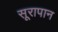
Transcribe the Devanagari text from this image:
सूरापान